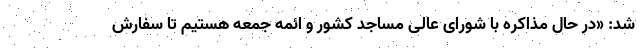
شد: «در حال مذاکره با شورای عالی مساجد کشور و ائمه جمعه هستیم تا سفارش